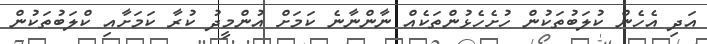
އަދި އެހެން ކުލަބުތަކުން ހުށެހެޅުންތަކެއް ނާންނާނެ ކަމަށް އުންމީދު ކުރާ ކަމަށާއި ކްލަބުތަކުން